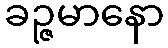
ခဉ္ဇမာနော